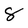
Character: 8